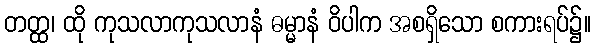
တတ္ထ၊ ထို ကုသလာကုသလာနံ ဓမ္မာနံ ဝိပါက အစရှိသော စကားရပ်၌။